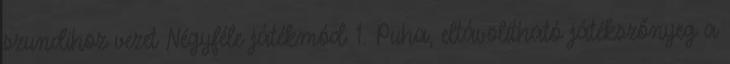
szundihoz vezet Négyféle játékmód: 1. Puha, eltávolítható játékszőnyeg a